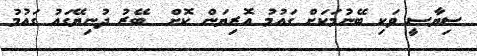
ސިޔާސީ ވަކި ބޭނުމަކަށް ގައުމު އޮރިޔަން ކޮށް  ބޭރު ދުނިޔޭގައު ގައުމު